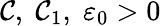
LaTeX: \mathcal{C},\; \mathcal{C}_{1},\; \varepsilon_{0}>0